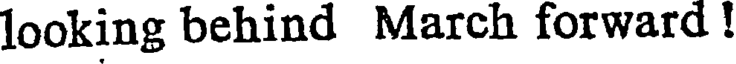
looking behind March forward !